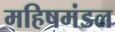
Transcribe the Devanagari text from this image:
महिषमंडल